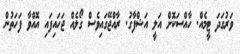
ވަރުގަދަ ޓީމެއް. ހާއްސަކޮށް އަލީ އަޝްފާގު. ރާއްޖޭގައިވެސް ގޯލެއް ޖަހައިފައި އޮއްވާ ފަހަތުން